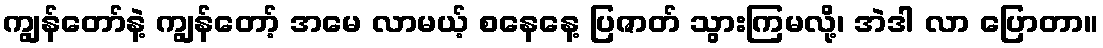
ကျွန်တော်နဲ့ ကျွန်တော့် အမေ လာမယ့် စနေနေ့ ပြဇာတ် သွားကြမလို့၊ အဲဒါ လာ ပြောတာ။